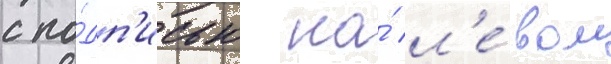
с по́дп'исью на́ л'е́вом